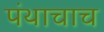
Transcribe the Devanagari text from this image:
पंथाचाच